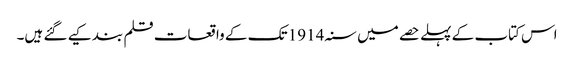
اس کتاب کے پہلے حصے میں سنہ 1914 تک کے واقعات قلم بند کیے گئے ہیں۔